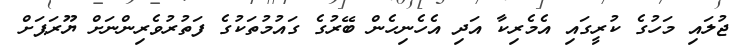
ޖުލައި މަހުގެ ކުރީގައި އެމެރިކާ އަދި އެހެނިހެން ބޭރުގެ ގައުމުތަކުގެ ފަތުރުވެރިންނަށް ޔޫރަޕަށް